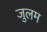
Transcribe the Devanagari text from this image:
जुलम